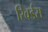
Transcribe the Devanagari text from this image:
रिवर्डस